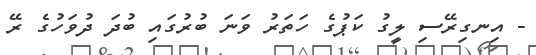
- އިނގިރޭސި ލީގު ކަޕުގެ ހަތަރު ވަނަ ބުރުގައި ބުދަ ދުވަހުގެ ރޭ